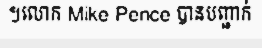
។លោក Mike Pence បានបញ្ជាក់